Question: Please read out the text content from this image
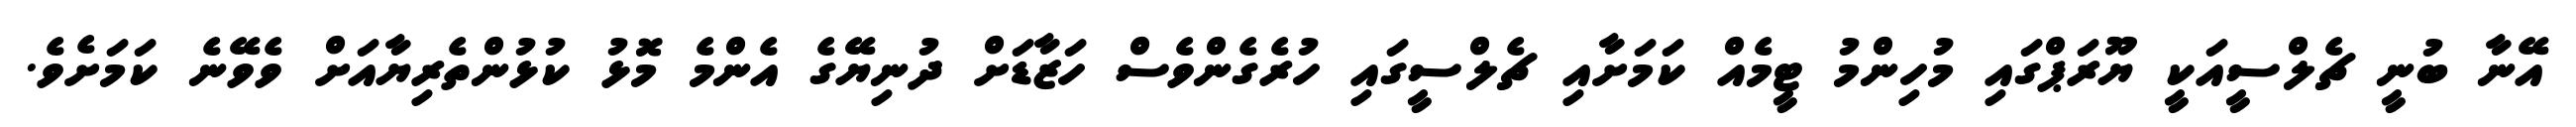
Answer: އޭނާ ބުނީ ޗެލްސީއަކީ ޔޫރަޕްގައި މުހިންމު ޓީމެއް ކަމަށާއި ޗެލްސީގައި ހުރެގެންވެސް ހަޒާޑަށް ދުނިޔޭގެ އެންމެ މޮޅު ކުޅުންތެރިޔާއަށް ވެވޭނެ ކަމަށެވެ.